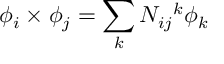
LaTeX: \phi _ { i } \times \phi _ { j } = \sum _ { k } N _ { i j } { } ^ { k } \phi _ { k }